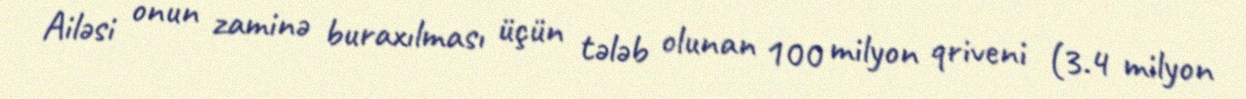
Ailəsi onun zaminə buraxılması üçün tələb olunan 100 milyon qriveni (3.4 milyon